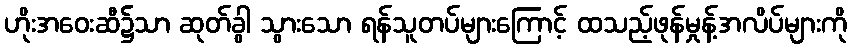
ဟိုးအဝေးဆီ၌သာ ဆုတ်ခွါ သွားသော ရန်သူတပ်များကြောင့် ထသည့်ဖုန်မှုန့်အလိပ်များကို